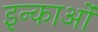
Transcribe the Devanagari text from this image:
इन्काओं